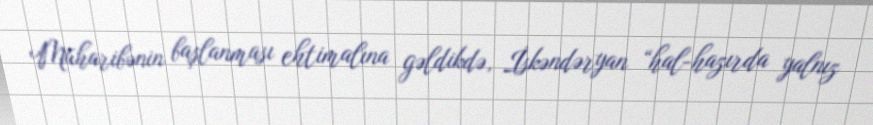
Müharibənin başlanması ehtimalına gəldikdə, İskəndəryan “hal-hazırda yalnız